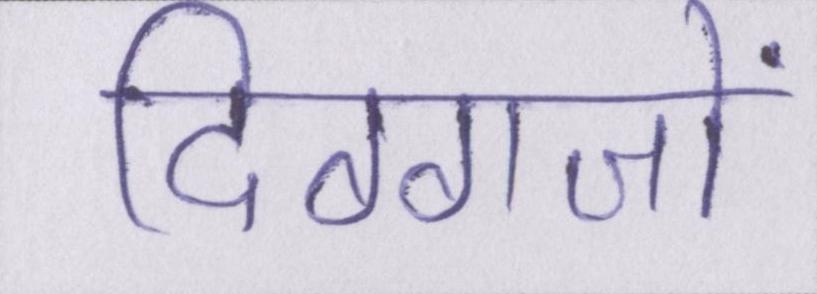
दिग्गजों